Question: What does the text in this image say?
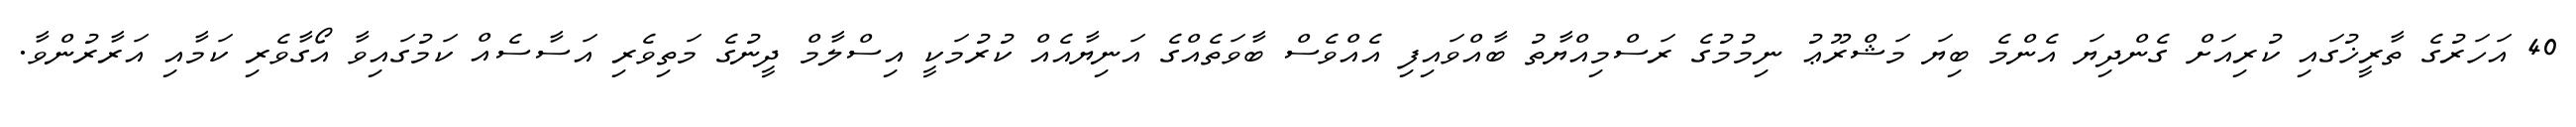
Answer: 40 އަހަރުގެ ތާރީޚުގައި ކުރިއަށް ގެންދިޔަ އެންމެ ބިޔަ މަޝްރޫޢު ނިމުމުގެ ރަސްމިއްޔާތު ބާއްވައިފި އެއްވެސް ބާވަތެއްގެ އަނިޔާއެއް ކުރުމަކީ އިސްލާމް ދީނުގެ މަތިވެރި އަސާސެއް ކަމުގައިވާ އޯގާވެރި ކަމާއި އަރާރުންވާ.